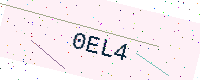
Text: 0EL4